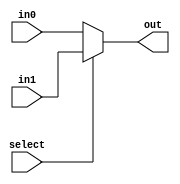
module mux_2_2_bit(out, select, in0, in1);
	input select;
	input [1:0] in0, in1;
	output [1:0] out;
	assign out = select ? in1 : in0;
endmodule